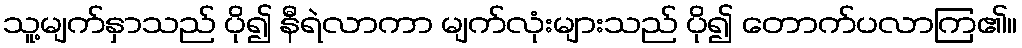
သူ့မျက်နှာသည် ပို၍ နီရဲလာကာ မျက်လုံးများသည် ပို၍ တောက်ပလာကြ၏။